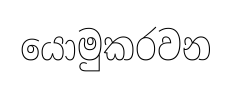
යොමුකරවන